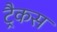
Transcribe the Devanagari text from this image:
ट्रैकस